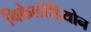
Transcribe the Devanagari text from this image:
निकेलोडियोन